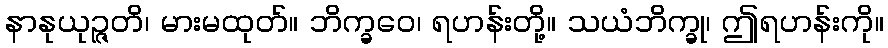
နာနုယုဉ္ဇတိ၊ မားမထုတ်။ ဘိက္ခဝေ၊ ရဟန်းတို့။ သယံဘိက္ခု၊ ဤရဟန်းကို။